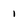
Character: 1